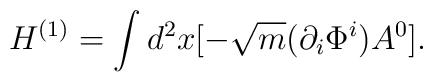
H^{(1)} = \int d^2x                  [- \sqrt{m} (\partial_i \Phi^i) A^0].